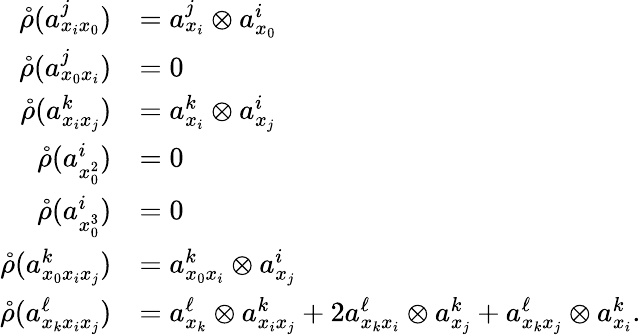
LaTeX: \begin{array}{rl}{\mathring{\rho}(a_{x_{i}x_{0}}^{j})}&{=a_{x_{i}}^{j}\otimes a_{x_{0}}^{i}}\\ {\mathring{\rho}(a_{x_{0}x_{i}}^{j})}&{=0}\\ {\mathring{\rho}(a_{x_{i}x_{j}}^{k})}&{=a_{x_{i}}^{k}\otimes a_{x_{j}}^{i}}\\ {\mathring{\rho}(a_{x_{0}^{2}}^{i})}&{=0}\\ {\mathring{\rho}(a_{x_{0}^{3}}^{i})}&{=0}\\ {\mathring{\rho}(a_{x_{0}x_{i}x_{j}}^{k})}&{=a_{x_{0}x_{i}}^{k}\otimes a_{x_{j}}^{i}}\\ {\mathring{\rho}(a_{x_{k}x_{i}x_{j}}^{\ell})}&{=a_{x_{k}}^{\ell}\otimes a_{x_{i}x_{j}}^{k}+2a_{x_{k}x_{i}}^{\ell}\otimes a_{x_{j}}^{k}+a_{x_{k}x_{j}}^{\ell}\otimes a_{x_{i}}^{k}.}\end{array}